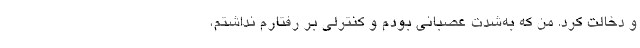
و دخالت کرد. من که به‌شدت عصبانی بودم و کنترلی بر رفتارم نداشتم،